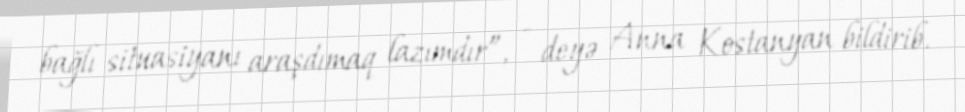
bağlı situasiyanı araşdımaq lazımdır”, - deyə Anna Kostanyan bildirib.